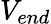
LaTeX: V_{end}